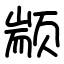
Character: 颛